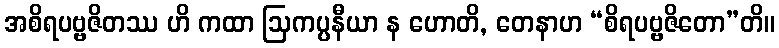
အစိရပဗ္ဗဇိတဿ ဟိ ကထာ ဩကပ္ပနီယာ န ဟောတိ, တေနာဟ “စိရပဗ္ဗဇိတော”တိ။